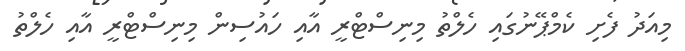
މިއަދު ފެށި ކެމްޕޭނުގައި ހެލްތު މިނިސްޓްރީ އާއި ހައުސިން މިނިސްޓްރީ އާއި ހެލްތު